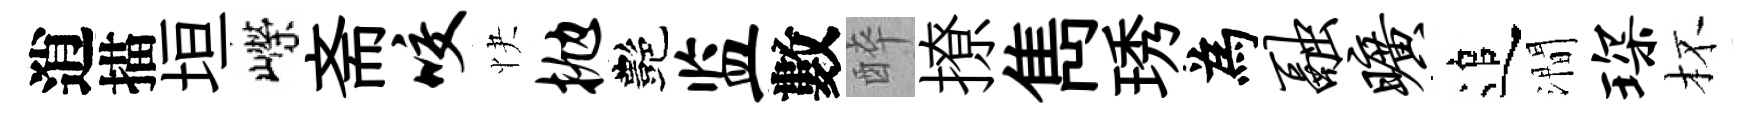
逍描垣嶸斋咬快抛艷监數醉撩雋琇為融旷追澗琛杯